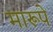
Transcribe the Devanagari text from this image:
मारूपे